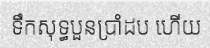
ទឹកសុទ្ធបួនប្រាំដប ហើយ